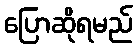
ပြောဆိုရမည်